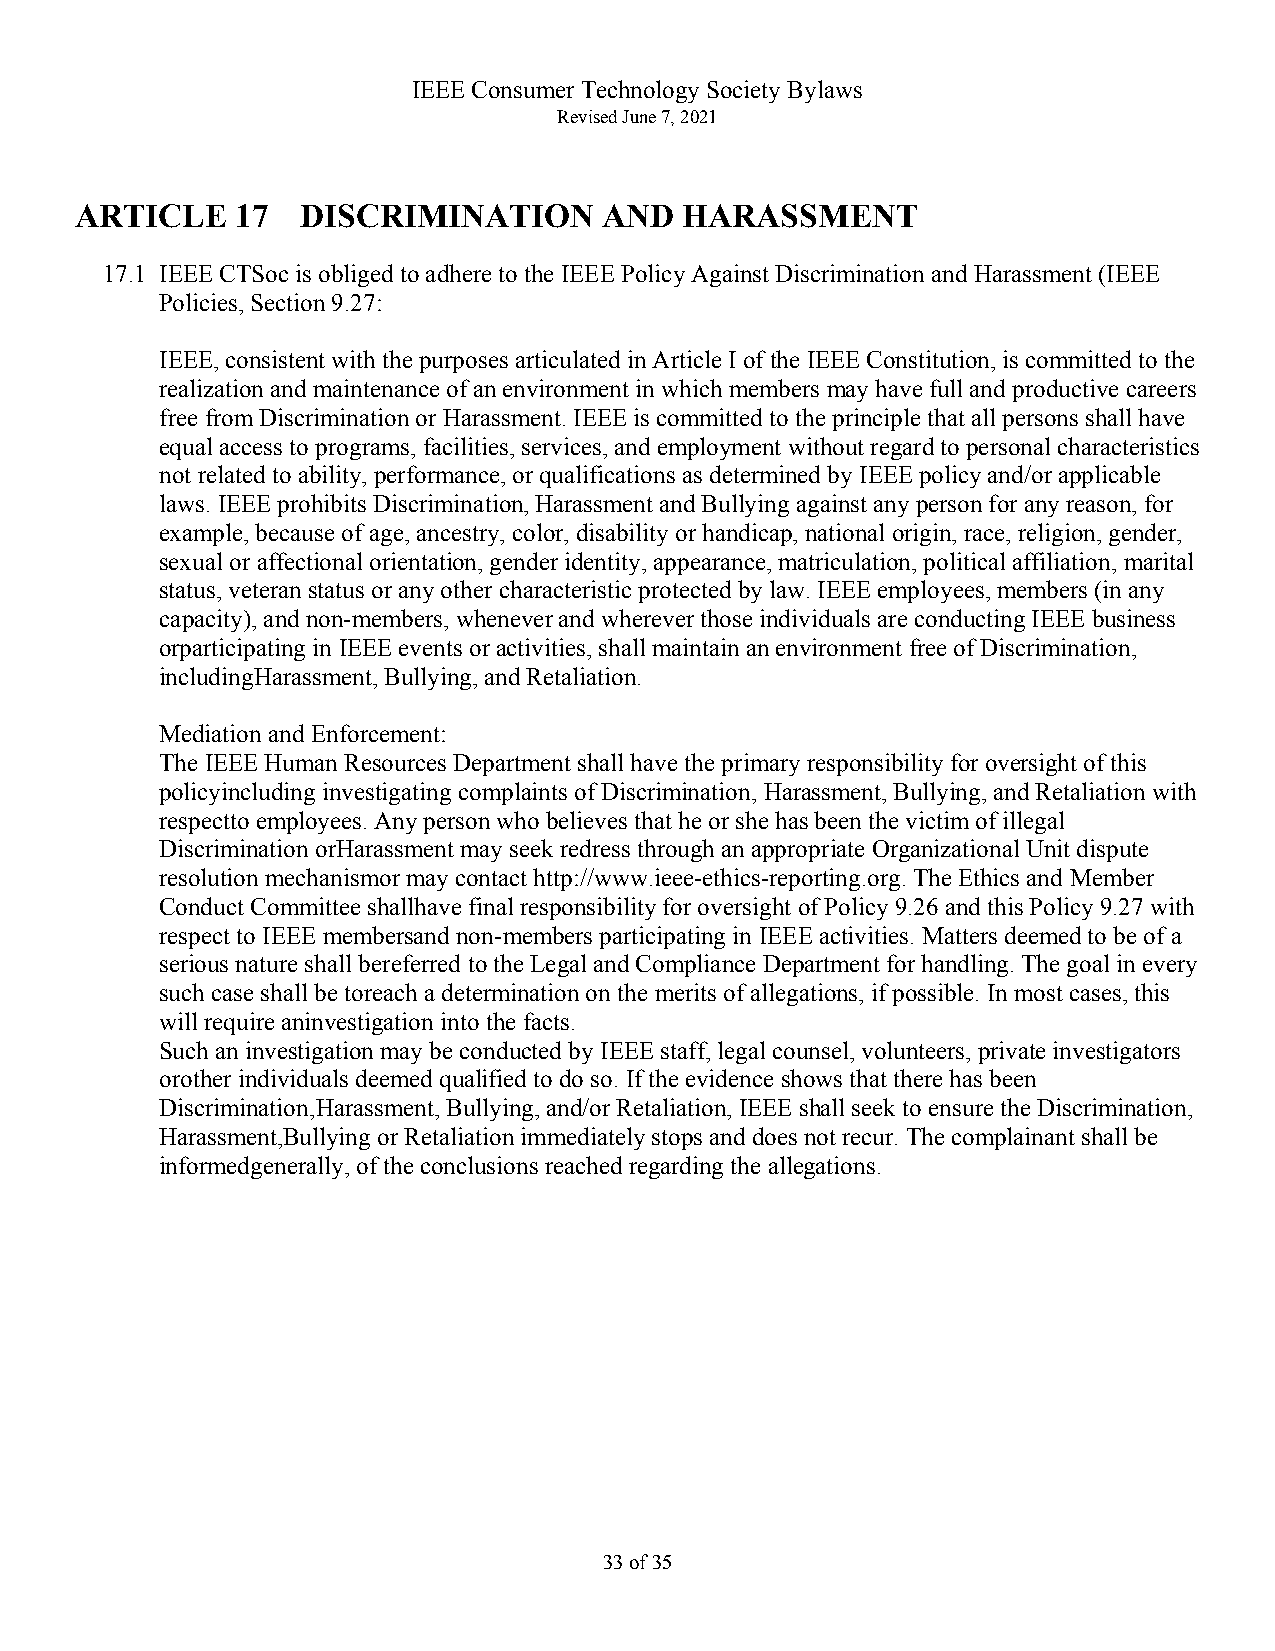
IEEE Consumer Technology Society Bylaws
 Revised June 7, 2021
 ARTICLE    17  DISCRIMINATION      AND  HARASSMENT
 17.1 IEEE CTSoc is obliged to adhere to the IEEE Policy Against Discrimination and Harassment (IEEE
 Policies, Section 9.27:
 IEEE, consistent with the purposes articulated in Article I of the IEEE Constitution, is committed to the
 realization and maintenance of an environment in which members may have full and productive careers
 free from Discrimination or Harassment. IEEE is committed to the principle that all persons shall have
 equal access to programs, facilities, services, and employment without regard to personal characteristics
 not related to ability, performance, or qualifications as determined by IEEE policy and/or applicable
 laws. IEEE prohibits Discrimination, Harassment and Bullying against any person for any reason, for
 example, because of age, ancestry, color, disability or handicap, national origin, race, religion, gender,
 sexual or affectional orientation, gender identity, appearance, matriculation, political affiliation, marital
 status, veteran status or any other characteristic protected by law. IEEE employees, members (in any
 capacity), and non-members, whenever and wherever those individuals are conducting IEEE business
 orparticipating in IEEE events or activities, shall maintain an environment free of Discrimination,
 includingHarassment, Bullying, and Retaliation.
 Mediation and Enforcement:
 The IEEE Human Resources Department shall have the primary responsibility for oversight of this
 policyincluding investigating complaints of Discrimination, Harassment, Bullying, and Retaliation with
 respectto employees. Any person who believes that he or she has been the victim of illegal
 Discrimination orHarassment may seek redress through an appropriate Organizational Unit dispute
 resolution mechanismor may contact http://www.ieee-ethics-reporting.org. The Ethics and Member
 Conduct Committee shallhave final responsibility for oversight of Policy 9.26 and this Policy 9.27 with
 respect to IEEE membersand non-members participating in IEEE activities. Matters deemed to be of a
 serious nature shall bereferred to the Legal and Compliance Department for handling. The goal in every
 such case shall be toreach a determination on the merits of allegations, if possible. In most cases, this
 will require aninvestigation into the facts.
 Such an investigation may be conducted by IEEE staff, legal counsel, volunteers, private investigators
 orother individuals deemed qualified to do so. If the evidence shows that there has been
 Discrimination,Harassment, Bullying, and/or Retaliation, IEEE shall seek to ensure the Discrimination,
 Harassment,Bullying or Retaliation immediately stops and does not recur. The complainant shall be
 informedgenerally, of the conclusions reached regarding the allegations.
 33 of 35